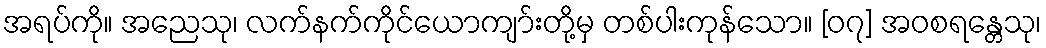
အရပ်ကို။ အညေသု၊ လက်နက်ကိုင်ယောကျာ်းတို့မှ တစ်ပါးကုန်သော။ [၀၇] အဝစရန္တေသု၊